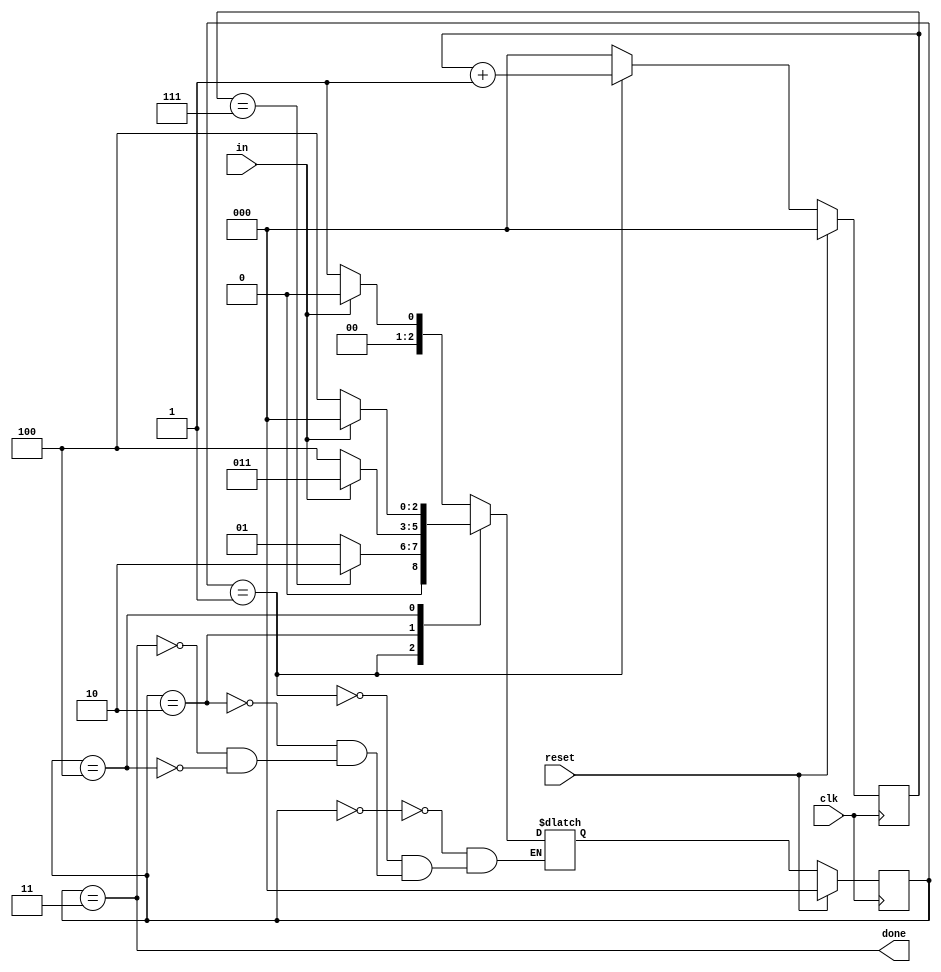
module top_module(
    input clk,
    input in,
    input reset,    // Synchronous reset
    output done
); 
    localparam S0 = 3'b000; 	// IDLE
    localparam S1 = 3'b001;	// TRANSFER
    localparam S2 = 3'b010;	// END
    localparam S3 = 3'b011; // STOP
    localparam S4 = 3'b100;	// ERROR
    
    reg [2:0] state, state_n;
    reg [2:0] cnt;
    
    always @ (*) begin
        case (state)
            S0: state_n = (in) ? S0 : S1;
            S1: state_n = (cnt == 3'b111) ? S2 : S1;
            S2: state_n = (in) ? S3 : S4;
            S3: state_n = (in) ? S0 : S1;
            S4: state_n = (in) ? S0 : S4;
        endcase
    end
    
    always @ (posedge clk) begin
        if(reset) begin
            cnt <= 0;
            state <= S0;
        end
        else begin
            state <= state_n;
            if(state == S1) begin
                cnt <= cnt + 1'b1;
            end else begin
                cnt <= 3'b000;
            end                
        end
    end
    
    assign done = (state == S3);
    

endmodule